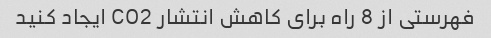
فهرستی از 8 راه برای کاهش انتشار CO2 ایجاد کنید